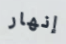
إنهار